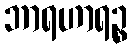
ဘာရဟာရဉ္စ